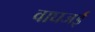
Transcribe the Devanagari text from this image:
वाघजई